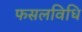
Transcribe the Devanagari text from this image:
फसलविधि